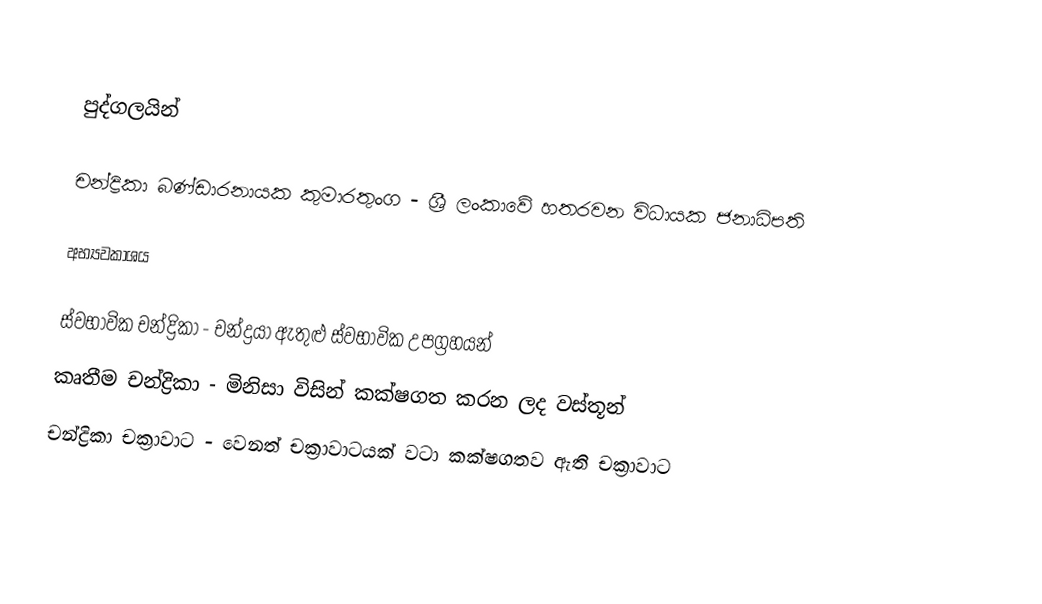

පුද්ගලයින්

 චන්ද්‍රිකා බණ්ඩාරනායක කුමාරතුංග - ශ්‍රී ලංකාවේ හතරවන විධායක ජනාධිපති

අභ්‍යවකාශය

 ස්වභාවික චන්ද්‍රිකා - චන්ද්‍රයා ඇතුළු ස්වභාවික උපග්‍රහයන්
 කෘතීම චන්ද්‍රිකා - මිනිසා විසින් කක්ෂගත කරන ලද වස්තූන්
 චන්ද්‍රිකා චක්‍රාවාට - වෙනත් චක්‍රාවාටයක් වටා කක්ෂගතව ඇති චක්‍රාවාට